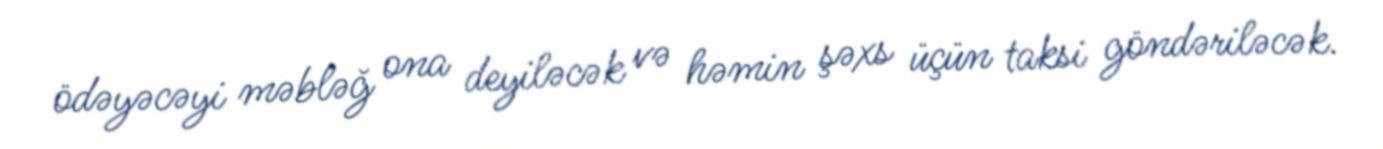
ödəyəcəyi məbləğ ona deyiləcək və həmin şəxs üçün taksi göndəriləcək.